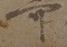
可